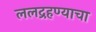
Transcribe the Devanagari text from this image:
ललद्रहण्याचा